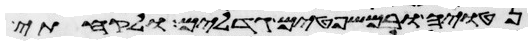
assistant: נטויה ובמשפטים גדלים ולקחתי